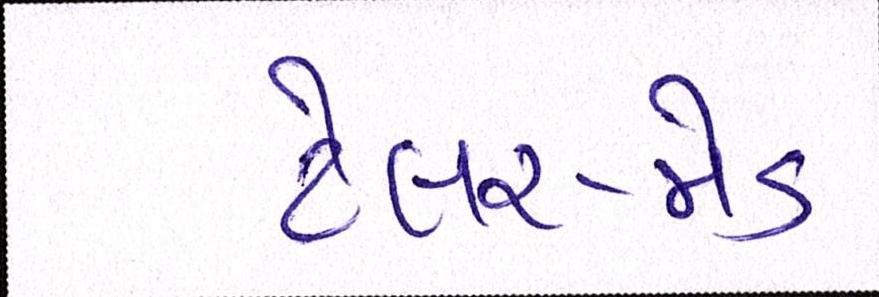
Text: ટેલર-મેડ